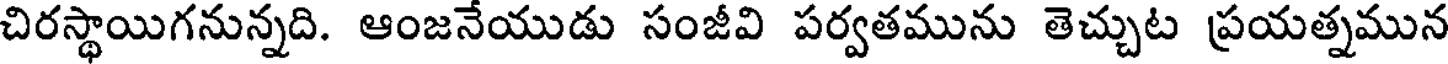
చిరస్థాయిగనున్నది. ఆంజనేయుడు సంజీవి పర్వతమును తెచ్చుట ప్రయత్నమున